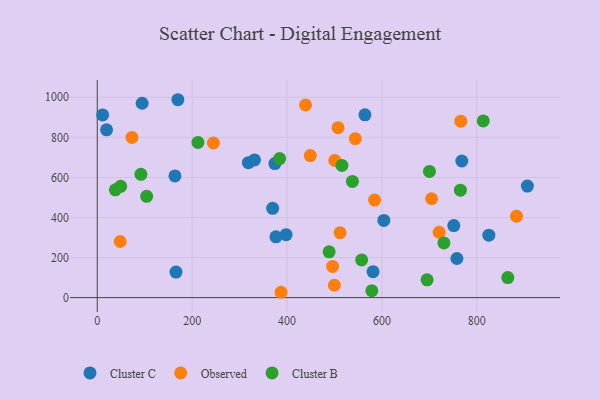
{"axis": {"x": "Experience", "y": "Yield"}, "legend": ["Cluster B", "Cluster C", "Observed"], "data": [{"x": "11.3", "y": 911.9, "type": "Cluster C"}, {"x": "376.6", "y": 303.5, "type": "Cluster C"}, {"x": "564.2", "y": 912.3, "type": "Cluster C"}, {"x": "374.4", "y": 668.9, "type": "Cluster C"}, {"x": "398.0", "y": 314.1, "type": "Cluster C"}, {"x": "751.5", "y": 359.5, "type": "Cluster C"}, {"x": "169.9", "y": 987.8, "type": "Cluster C"}, {"x": "906.6", "y": 556.6, "type": "Cluster C"}, {"x": "318.5", "y": 673.8, "type": "Cluster C"}, {"x": "163.7", "y": 607.6, "type": "Cluster C"}, {"x": "758.1", "y": 195.3, "type": "Cluster C"}, {"x": "369.7", "y": 445.7, "type": "Cluster C"}, {"x": "768.4", "y": 681.9, "type": "Cluster C"}, {"x": "581.3", "y": 129.3, "type": "Cluster C"}, {"x": "825.4", "y": 311.5, "type": "Cluster C"}, {"x": "94.6", "y": 970.3, "type": "Cluster C"}, {"x": "19.6", "y": 837.6, "type": "Cluster C"}, {"x": "331.4", "y": 687.4, "type": "Cluster C"}, {"x": "604.1", "y": 385.2, "type": "Cluster C"}, {"x": "165.9", "y": 127.4, "type": "Cluster C"}, {"x": "449.0", "y": 708.8, "type": "Observed"}, {"x": "496.0", "y": 155.7, "type": "Observed"}, {"x": "543.9", "y": 793.2, "type": "Observed"}, {"x": "48.4", "y": 280.1, "type": "Observed"}, {"x": "244.8", "y": 771.7, "type": "Observed"}, {"x": "766.3", "y": 880.7, "type": "Observed"}, {"x": "499.8", "y": 61.8, "type": "Observed"}, {"x": "507.5", "y": 848.4, "type": "Observed"}, {"x": "439.0", "y": 962.0, "type": "Observed"}, {"x": "500.6", "y": 684.9, "type": "Observed"}, {"x": "73.1", "y": 799.8, "type": "Observed"}, {"x": "511.8", "y": 324.1, "type": "Observed"}, {"x": "883.7", "y": 406.7, "type": "Observed"}, {"x": "584.5", "y": 486.7, "type": "Observed"}, {"x": "387.3", "y": 26.7, "type": "Observed"}, {"x": "704.7", "y": 493.6, "type": "Observed"}, {"x": "720.6", "y": 326.4, "type": "Observed"}, {"x": "212.2", "y": 774.8, "type": "Cluster B"}, {"x": "695.2", "y": 88.9, "type": "Cluster B"}, {"x": "813.6", "y": 882.1, "type": "Cluster B"}, {"x": "384.4", "y": 694.2, "type": "Cluster B"}, {"x": "557.3", "y": 188.0, "type": "Cluster B"}, {"x": "537.8", "y": 580.1, "type": "Cluster B"}, {"x": "700.2", "y": 630.1, "type": "Cluster B"}, {"x": "765.4", "y": 536.3, "type": "Cluster B"}, {"x": "49.3", "y": 555.5, "type": "Cluster B"}, {"x": "104.1", "y": 505.8, "type": "Cluster B"}, {"x": "38.1", "y": 538.2, "type": "Cluster B"}, {"x": "865.3", "y": 100.0, "type": "Cluster B"}, {"x": "578.7", "y": 34.3, "type": "Cluster B"}, {"x": "515.7", "y": 659.7, "type": "Cluster B"}, {"x": "730.7", "y": 273.0, "type": "Cluster B"}, {"x": "92.0", "y": 615.2, "type": "Cluster B"}, {"x": "488.7", "y": 228.5, "type": "Cluster B"}]}